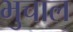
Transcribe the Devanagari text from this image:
भुचाल